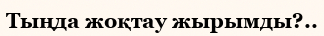
Тыңда жоқтау жырымды?..